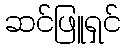
ဆင်ဖြူရှင်